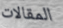
المقالات